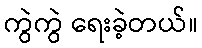
ကွဲကွဲ ရေးခဲ့တယ်။